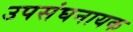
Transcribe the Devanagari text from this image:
उपसंघनायक